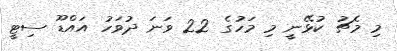
މި މެޗު ކުޅޭނީ މި މަހުގެ 22 ވަނަ ދުވަހު އައްޑޫ ސިޓީ